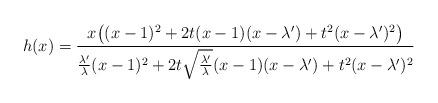
LaTeX: \begin{align*} h(x)=\frac{x\big((x-1)^2+2t(x-1)(x-\lambda^{\prime})+t^2(x-\lambda^{\prime})^2\big)}{\frac{\lambda^{\prime}}{\lambda}(x-1)^2+2t\sqrt{\frac{\lambda^{\prime}}{\lambda}}(x-1)(x-\lambda^{\prime})+t^2(x-\lambda^{\prime})^2} \end{align*}